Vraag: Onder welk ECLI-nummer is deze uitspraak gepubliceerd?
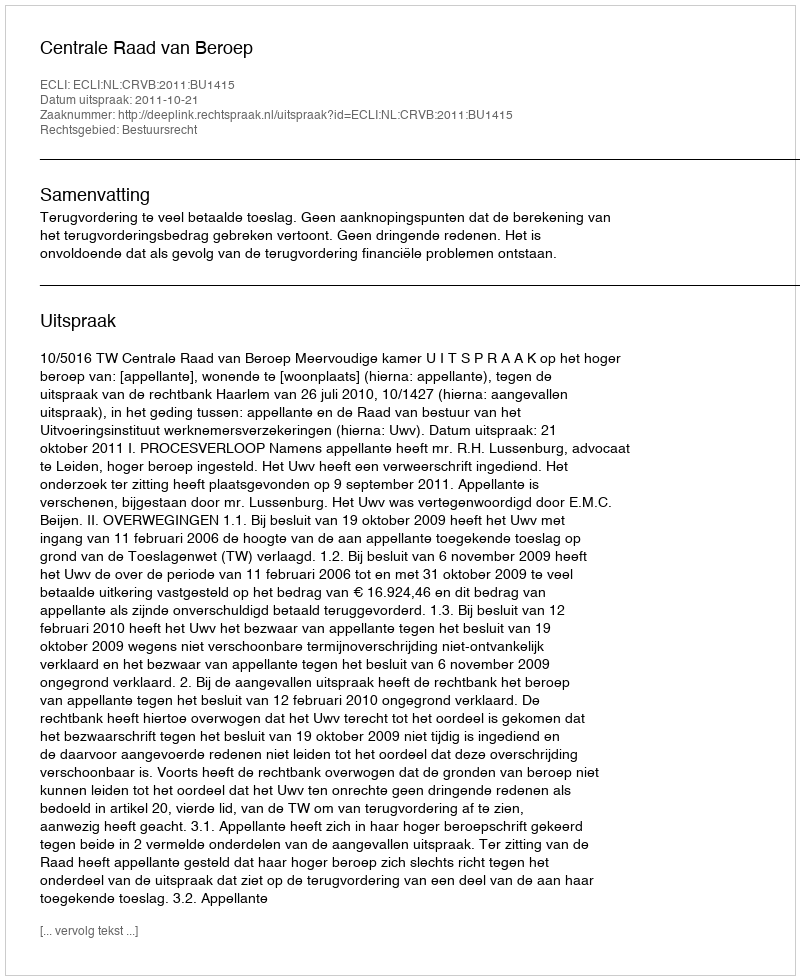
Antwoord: ECLI:NL:CRVB:2011:BU1415